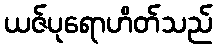
ယဇ်ပုရောဟိတ်သည်